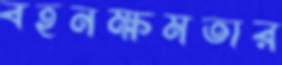
বহনক্ষমতার